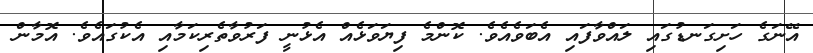
އޭނަގެ ހަށިގަނޑުގައި ލައްވާފައި އެބަވެއެވެ. ކޮންމެ ފިޔަވަޅެއް އެޅުނީ ފަރުވާތެރިކަމާއި އެކުގައެވެ. އޮމާން